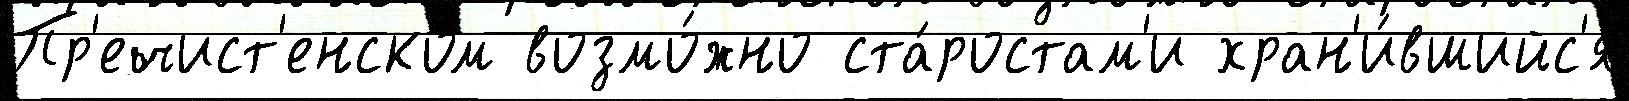
Пр'ечист'енском возмо́жно ста́ростам'и хран'и́вшийс'я